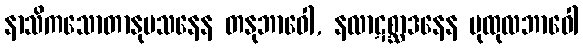
နာသိကသောတာနုမသနေန တနုဘာဝေါ, နလာဋစ္ဆာဒနေန ပုထုလဘာဝေါ